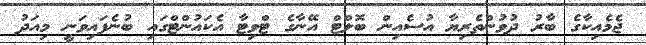
ޖެމެއިކާގެ ބާރު ދުވުންތެރިޔާ އުސެއިން ބޮލްޓް އޭނާގެ ޓްވިޓާ އެކައުންޓްގައި ބުނެފައިވަނީ މިއަދު